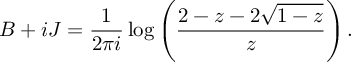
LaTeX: B + i J = \frac 1 { 2 \pi i } \log \left( \frac { 2 - z - 2 \sqrt { 1 - z } } z \right) .